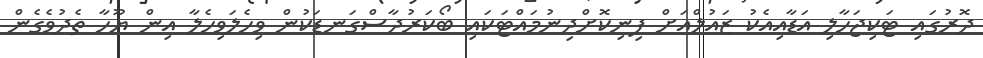
ދޮރުގައި ޓަކިޖަހާލި އަޑާއިއެކު ޒައުލްއަށް ފިނިކޮށްދިނުމައްޓަކައި ބޯކަރުދާސްގަނޑަކުން ވިހެލަވިހެލާ އިން ޔޫހާ ތެދުވެގެން